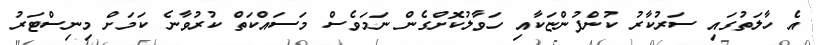
އެ ހާލަތުގައި ސަރުކާރު ކުންފުންޏަކާއި ހަވާލުކޮށްގެން ނަމަވެސް މަސައްކަތް ކުރުވާނެ ކަމަށް މިނިސްޓަރު